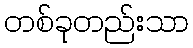
တစ်ခုတည်းသာ